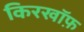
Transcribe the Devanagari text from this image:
किरखॉफ़